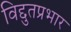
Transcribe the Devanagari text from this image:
विद्दुतप्रभार